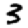
Digit: 3